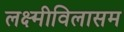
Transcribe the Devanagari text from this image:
लक्ष्मीविलासम